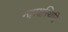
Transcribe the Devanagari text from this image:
न्यायस्थिति